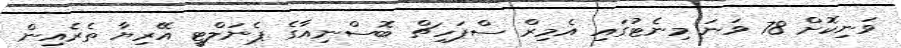
ވަނިކޮށް 78 ވަނަ މިނެޓުގައި އެމިރް ސްޕަހިޗް ބޮސްނިއާގެ ޕެނަލްޓީ އޭރިޔާ ތެރެއިން